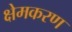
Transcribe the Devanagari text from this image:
क्षेमकरण